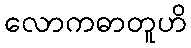
လောကဓာတူဟိ